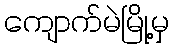
ကျောက်မဲမြို့မှ